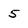
Character: 5